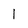
Character: 1